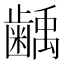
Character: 𮯌